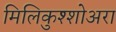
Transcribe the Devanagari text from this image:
मिलिकुश्शोअरा